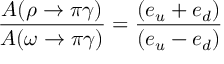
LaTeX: \frac { A ( \rho \rightarrow \pi \gamma ) } { A ( \omega \rightarrow \pi \gamma ) } = \frac { ( e _ { u } + e _ { d } ) } { ( e _ { u } - e _ { d } ) }